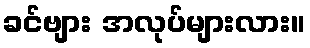
ခင်ဗျား အလုပ်များလား။